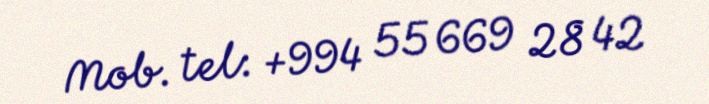
Mob. tel: +994 55 669 28 42